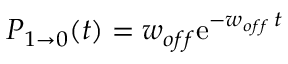
P _ { 1 \rightarrow 0 } ( t ) = w _ { o f f } \mathrm { e } ^ { - w _ { o f f } \, t }